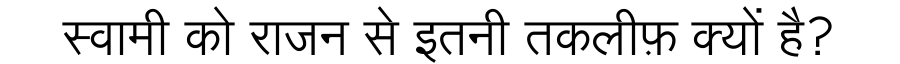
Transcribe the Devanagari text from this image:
स्वामी को राजन से इतनी तकलीफ़ क्यों है?